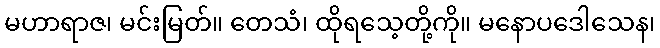
မဟာရာဇ၊ မင်းမြတ်။ တေသံ၊ ထိုရသေ့တို့ကို။ မနောပဒေါသေန၊